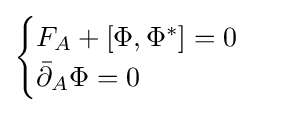
{\begin{cases}F_{A}+[\Phi ,\Phi ^{*}]=0\\{\bar {\partial }}_{A}\Phi =0\end{cases}}